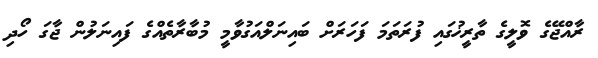
ރާއްޖޭގެ ވޮލީގެ ތާރީޚުގައި ފުރަތަމަ ފަހަރަށް ބައިނަލްއަގުވާމީ މުބާރާތެއްގެ ފައިނަލުން ޖާގަ ހޯދި